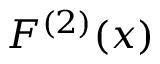
F ^ { ( 2 ) } ( x )